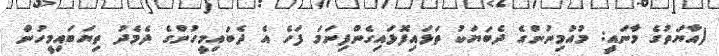
(އާޔަތުގެ މާނައީ: މުއުމިނުންގެ ދެބަޔަކު ތަޅައިފޮޅައިގެންފިނަމަ ފަހެ އެ ދެބައިމީހުންގެ ދެމެދު ތިޔަބައިމީހުން